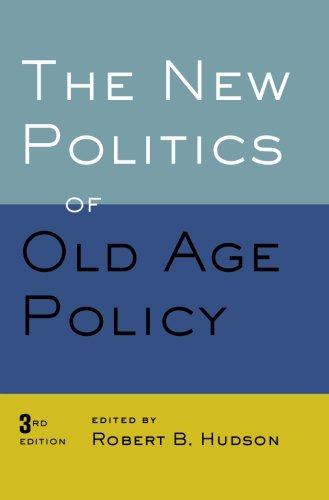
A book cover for The New Politics of Old Age Policy; Medical Books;